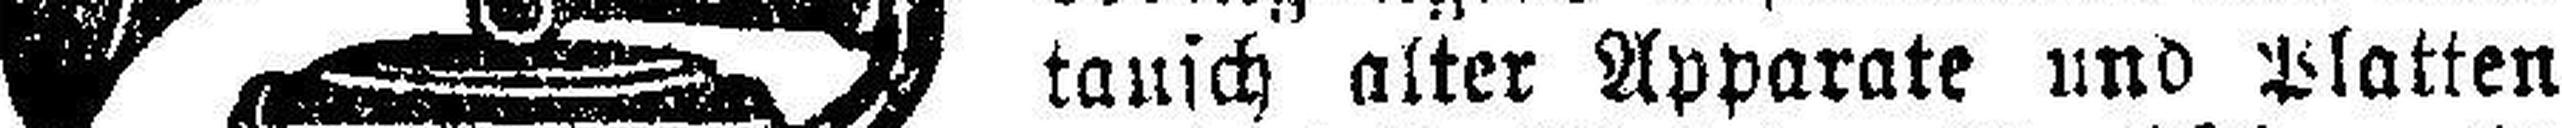
tausch alter Apparate und Platten